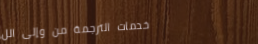
خدمات الترجمة من وإلى الل